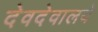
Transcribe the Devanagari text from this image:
देवदेवालये